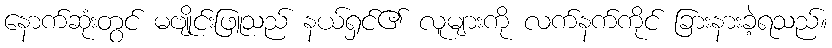
နောက်ဆုံးတွင် မဗျိုင်းဖြူသည် နယ်ရှင်၏ လူများကို လက်နက်ကိုင် ခြားနားခဲ့ရသည်။